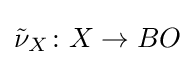
{\tilde {\nu }}_{X}\colon X\rightarrow BO